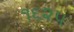
૧૬૨૫